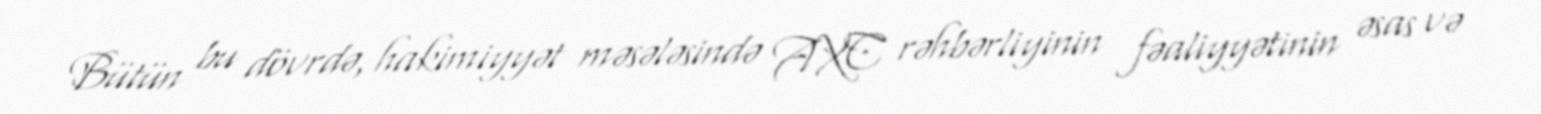
Bütün bu dövrdə, hakimiyyət məsələsində AXC rəhbərliyinin fəaliyyətinin əsas və